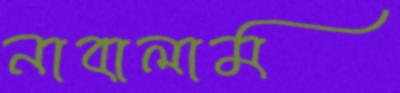
নাবালাম